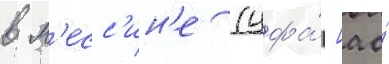
в м'есс'ин'е (цфа́ [ао́